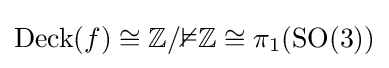
\operatorname {Deck} (f)\cong \mathbb {Z/2Z} \cong \pi _{1}(\mathrm {SO} (3))